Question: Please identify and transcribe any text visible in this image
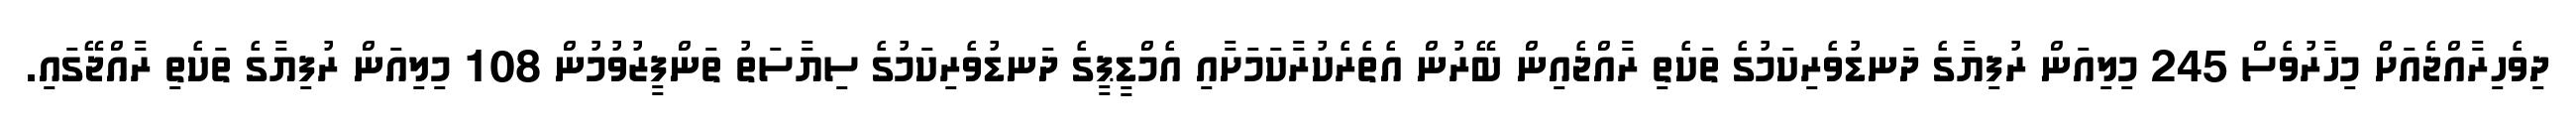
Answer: ދިވެހިރާއްޖެއަށް މިހާރުވެސް 245 މިލިއަން ރުފިޔާގެ ދަނޑުވެރިކަމުގެ ތަކެތި ރާއްޖެއިން ބޭރުން އެތެރެކުރާކަމަށާއި އެމްޑީޕީގެ ދަނޑުވެރިކަމުގެ ސިޔާސަތު ތަންފީޒުވުމުން 108 މިލިއަން ރުފިޔާގެ ތަކެތި ރާއްޖޭގައި.